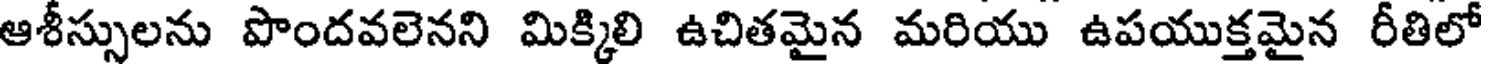
ఆశీస్సులను పొందవలెనని మిక్కిలి ఉచితమైన మరియు ఉపయుక్తమైన రీతిలో